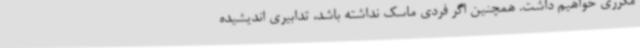
مکرری خواهیم داشت. همچنین اگر فردی ماسک نداشته باشد، تدابیری اندیشیده